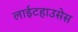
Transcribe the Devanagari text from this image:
लाईटहाउसेस